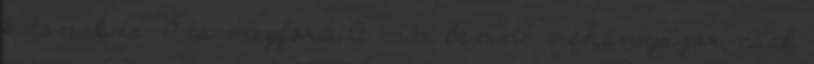
katonák is. Ő is megfordult már benne néhányszor, csak